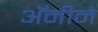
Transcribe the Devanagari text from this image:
अॅनीने